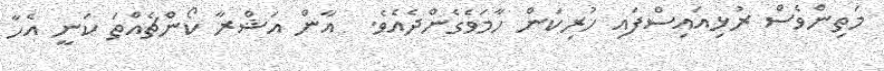
މަތިންވެސް ރުޅިއައިސްފައި ހުރިކަން ހާމަވެގެންދެއެވެ.  އާން އަޝްރާ ކޯންޗެއްތަ ކަނީ އެހާ